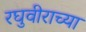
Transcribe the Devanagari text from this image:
रघुवीराच्या